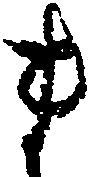
ま